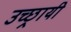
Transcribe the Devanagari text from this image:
उच्छ्रायी